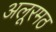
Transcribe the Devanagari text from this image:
अलूरमठ